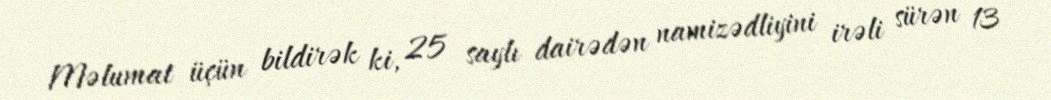
Məlumat üçün bildirək ki, 25 saylı dairədən namizədliyini irəli sürən 13